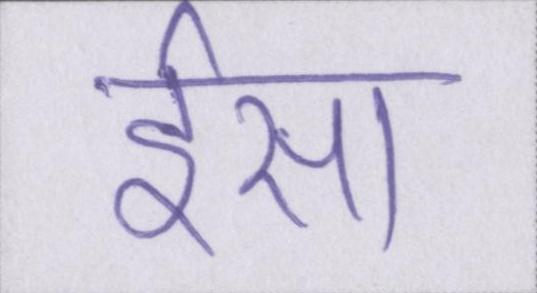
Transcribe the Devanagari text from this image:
ईसा